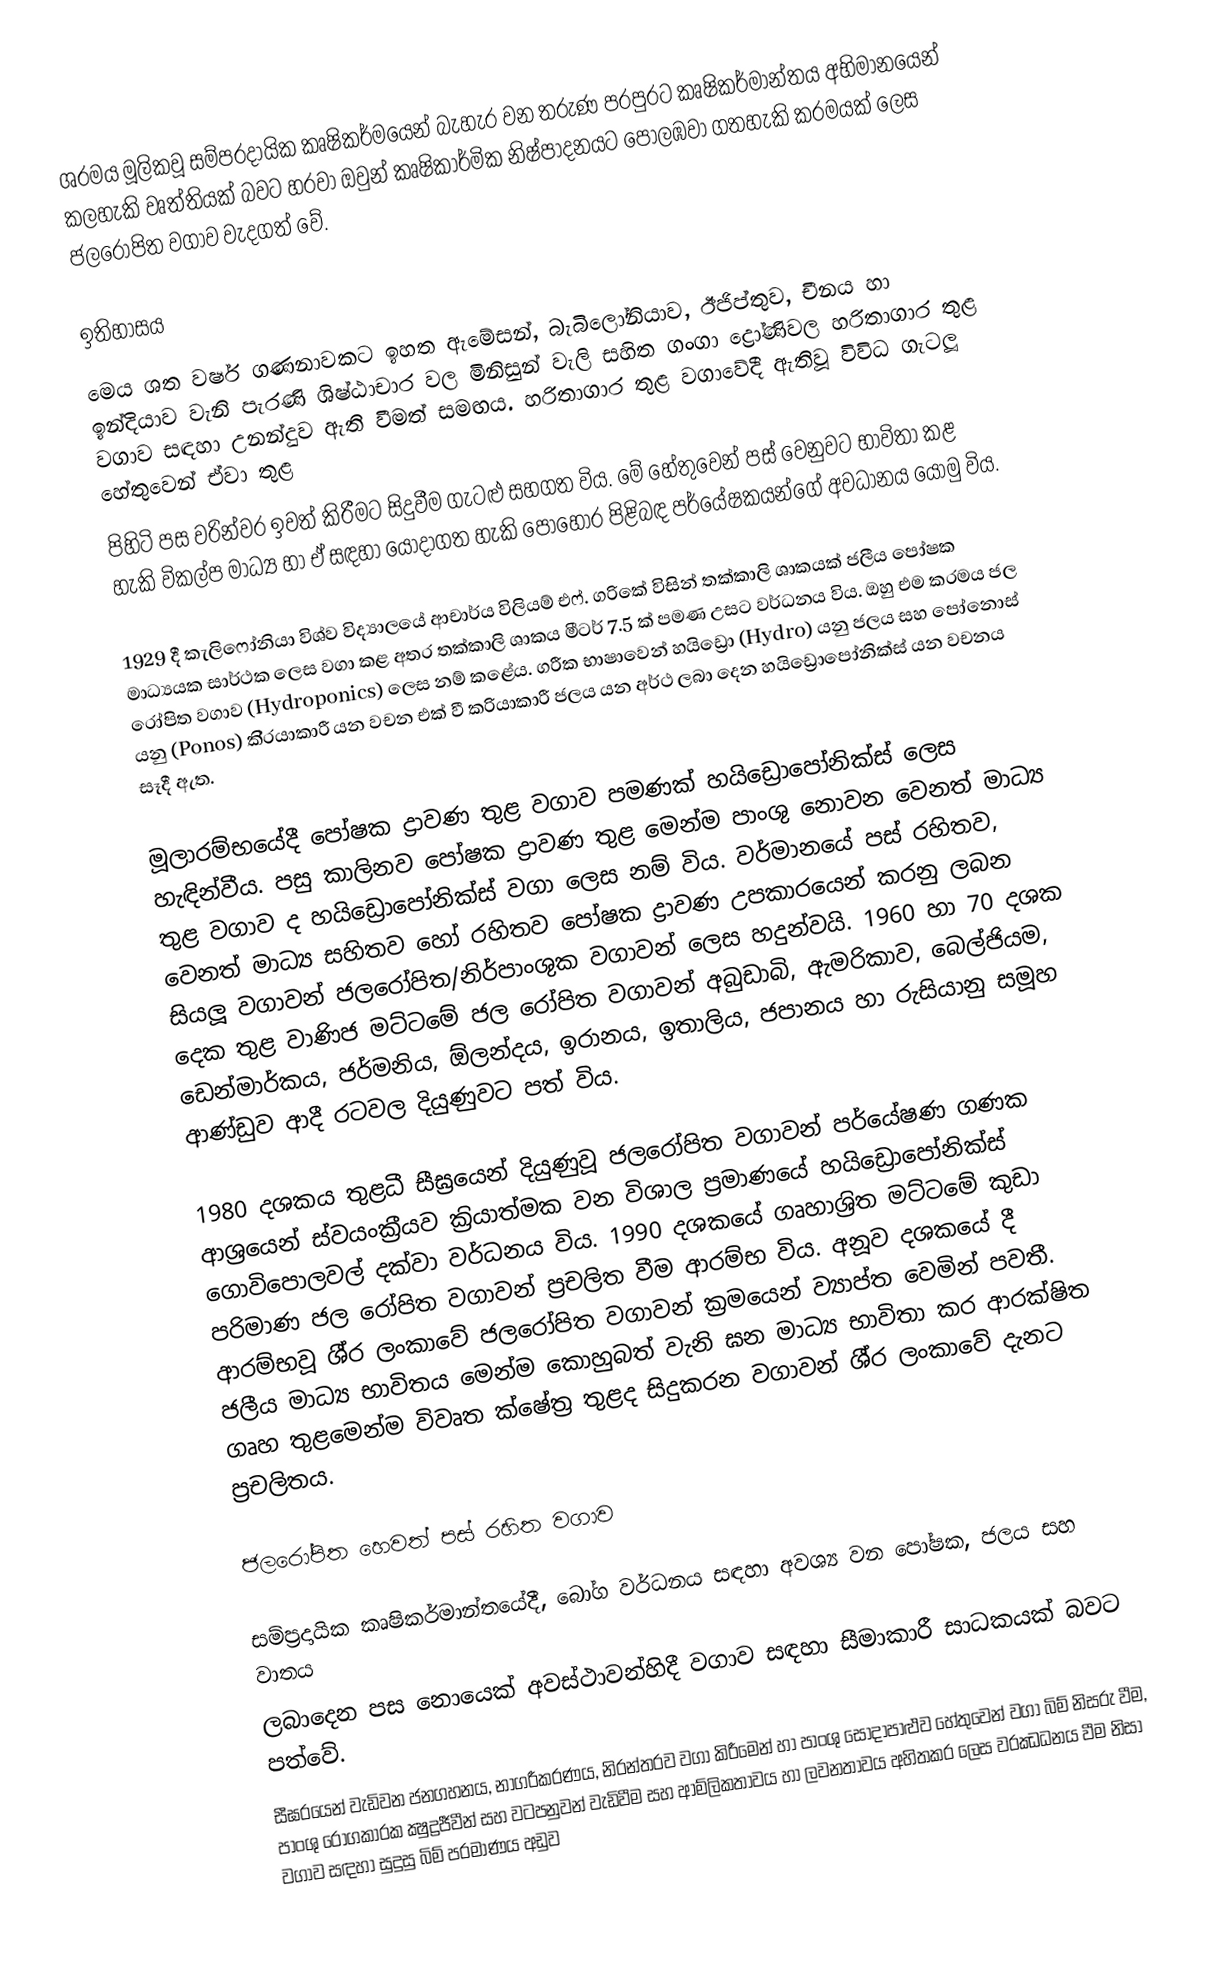
ශ‍්‍රමය මූලිකවූ සම්ප‍්‍රදායික කෘෂිකර්මයෙන් බැහැර වන තරුණ පරපුරට කෘෂිකර්මාන්තය අභිමානයෙන් කලහැකි වෘත්තියක් බවට හරවා ඔවුන් කෘෂිකාර්මික නිෂ්පාදනයට පොලඹවා ගතහැකි ක‍්‍රමයක් ලෙස ජලරෝපිත වගාව වැදගත් වේ.

ඉතිහාසය
මෙය ශත වර්ෂ ගණනාවකට ඉහත ඇමේසන්, බැබිලෝනියාව, ඊජිප්තුව, චීනය හා ඉන්දියාව වැනි පැරණි ශිෂ්ඨාචාර වල මිනිසුන් වැලි සහිත ගංගා ද්‍රෝණිවල හරිතාගාර තුළ වගාව සඳහා උනන්දුව ඇති වීමත් සමඟය. හරිතාගාර තුළ වගාවේදී ඇතිවූ විවිධ ගැටලූ හේතුවෙන් ඒවා තුළ
පිහිටි පස වරින්වර ඉවත් කිරීමට සිදුවීම ගැටළු සහගත විය. මේ හේතුවෙන් පස් වෙනුවට භාවිතා කළ හැකි විකල්ප මාධ්‍ය හා ඒ සඳහා යොදාගත හැකි පොහොර පිළිබඳ පර්යේෂකයන්ගේ අවධානය යොමු විය.

1929 දී කැලිෆෝනියා විශ්ව විද්‍යාලයේ ආචාර්ය විලියම් එෆ්. ග‍්‍රිකේ විසින් තක්කාලි ශාකයක් ජලීය පෝෂක මාධ්‍යයක සාර්ථක ලෙස වගා කළ අතර තක්කාලි ශාකය මීටර් 7.5 ක් පමණ උසට වර්ධනය විය. ඔහු එම ක‍්‍රමය ජල රෝපිත වගාව (Hydroponics) ලෙස නම් කළේය. ග‍්‍රීක භාෂාවෙන් හයිඩ්‍රො (Hydro) යනු ජලය සහ පෝනොස් යනු (Ponos) කි‍්‍රයාකාරී යන වචන එක් වී ක‍්‍රියාකාරී ජලය යන අර්ථ ලබා දෙන හයිඩ්‍රොපෝනික්ස් යන වචනය සෑදී ඇත.

මූලාරම්භයේදී පෝෂක ද්‍රාවණ තුළ වගාව පමණක් හයිඩ්‍රොපෝනික්ස් ලෙස හැඳින්වීය. පසු කාලිනව පෝෂක ද්‍රාවණ තුළ මෙන්ම පාංශු නොවන වෙනත් මාධ්‍ය තුළ වගාව ද හයිඩ්‍රොපෝනික්ස් වගා ලෙස නම් විය. වර්මානයේ පස් රහිතව, වෙනත් මාධ්‍ය සහිතව හෝ රහිතව පෝෂක ද්‍රාවණ උපකාරයෙන් කරනු ලබන සියලූ වගාවන් ජලරෝපිත/නිර්පාංශුක වගාවන් ලෙස හදුන්වයි. 1960 හා 70 දශක දෙක තුළ වාණිජ මට්ටමේ ජල රෝපිත වගාවන් අබුඩාබි, ඇමරිකාව, බෙල්ජියම, ඩෙන්මාර්කය, ජර්මනිය,  ඕලන්දය, ඉරානය, ඉතාලිය, ජපානය හා රුසියානු සමූහ ආණ්ඩුව ආදී රටවල දියුණුවට පත් විය.

1980 දශකය තුළධී සීඝ‍්‍රයෙන් දියුණුවූ ජලරෝපිත වගාවන් පර්යේෂණ ගණක ආශ‍්‍රයෙන් ස්වයංක‍්‍රීයව ක‍්‍රියාත්මක වන විශාල ප‍්‍රමාණයේ හයිඩ්‍රොපෝනික්ස් ගොවිපොලවල් දක්වා වර්ධනය විය. 1990 දශකයේ ගෘහාශ‍්‍රිත මට්ටමේ කුඩා පරිමාණ ජල රෝපිත වගාවන් ප‍්‍රචලිත වීම ආරම්භ විය. අනූව දශකයේ දී ආරම්භවූ ශී‍්‍ර ලංකාවේ ජලරෝපිත වගාවන් ක‍්‍රමයෙන් ව්‍යාප්ත වෙමින් පවතී. ජලීය මාධ්‍ය භාවිතය මෙන්ම කොහුබත් වැනි ඝන මාධ්‍ය භාවිතා කර ආරක්ෂිත ගෘහ තුළමෙන්ම විවෘත ක්ෂේත‍්‍ර තුළද සිදුකරන වගාවන් ශී‍්‍ර ලංකාවේ දැනට ප‍්‍රචලිතය.

ජලරෝපිත හෙවත් පස් රහිත වගාව

සම්ප‍්‍රදායික කෘෂිකර්මාන්තයේදී, බෝග වර්ධනය සඳහා අවශ්‍ය වන පෝෂක, ජලය සහ වාතය
ලබාදෙන පස නොයෙක් අවස්ථාවන්හිදී  වගාව සඳහා සීමාකාරී සාධකයක් බවට පත්වේ.
සීඝ‍්‍රයෙන් වැඩිවන ජනගහනය, නාගරීකරණය, නිරන්තරව වගා කිරීමෙන් හා පාංශු සෝදාපාළුව හේතුවෙන් වගා බිම් නිසරු වීම, පාංශු රෝගකාරක ක්‍ෂුද්‍රජීවීන් සහ වටපනුවන් වැඩිවීම සහ ආම්ලිකතාවය හා ලවනතාවය අහිතකර ලෙස වරඣධනය වීම නිසා වගාව සඳහා සුදුසු බිම් ප‍්‍රමාණය අඩුව